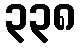
၃၃၈